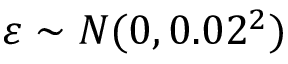
\varepsilon \sim N ( 0 , 0 . 0 2 ^ { 2 } )